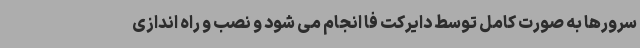
سرورها به صورت کامل توسط دایرکت فا انجام می شود و نصب و راه اندازی